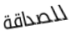
للصداقة